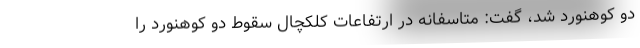
دو کوهنورد شد، گفت: متاسفانه در ارتفاعات کلکچال سقوط دو کوهنورد را